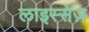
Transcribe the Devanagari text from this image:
लाइस्सेज़